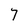
Character: 7